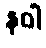
နဝါ